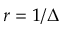
r = 1 / \Delta